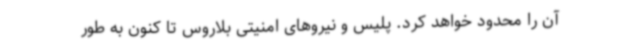
آن را محدود خواهد کرد. پلیس و نیروهای امنیتی بلاروس تا کنون به طور